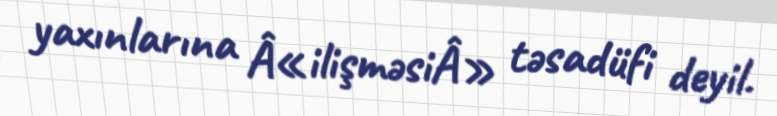
yaxınlarına Â«ilişməsiÂ» təsadüfi deyil.